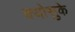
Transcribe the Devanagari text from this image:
क्योसुके